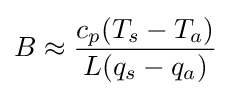
B\approx {\frac {c_{p}(T_{s}-T_{a})}{L(q_{s}-q_{a})}}